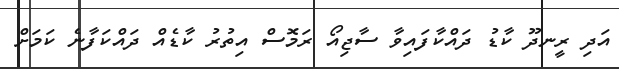
އަދި ރީނދޫ ކާޑު ދައްކާފައިވާ ސާޖިއޯ ރަމޮސް އިތުރު ކާޑެއް ދައްކަފާނެ ކަމަށް